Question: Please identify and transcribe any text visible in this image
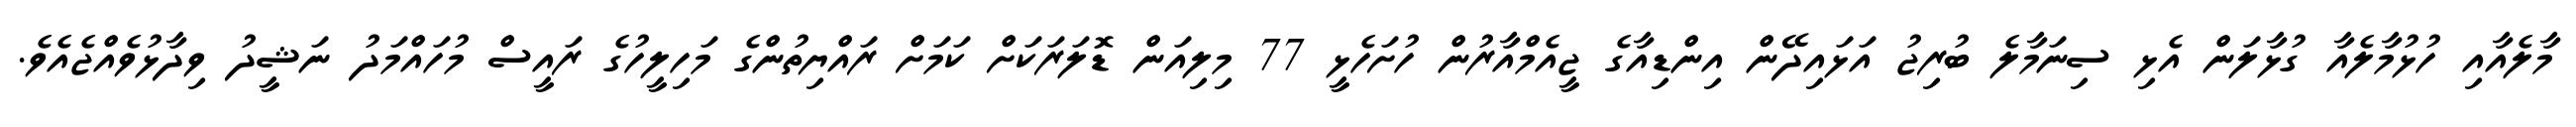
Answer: މާލެއާއި ހުޅުމާލެއާ ގުޅާލަން އެޅި ސިނަމާލެ ބުރިޖު އަޅައިދޭން އިންޑިއާގެ ޖީއެމްއާރުން ހުށަހެޅީ 77 މިލިއަން ޑޮލަރަކަށް ކަމަށް ރައްޔިތުންގެ މަހިލީހުގެ ރައީސް މުހައްމަދު ނަޝީދު ވިދާޅުވެއްޖެއެވެ.